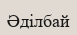
Әділбай